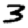
Digit: 3